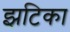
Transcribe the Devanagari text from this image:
झटिका